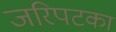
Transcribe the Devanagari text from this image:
जरिपटका